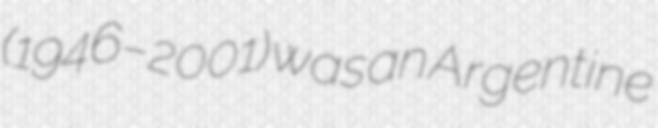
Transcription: (1946–2001) was an Argentine